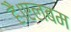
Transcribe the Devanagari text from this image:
है।एलबम